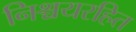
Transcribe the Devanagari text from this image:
निश्चयरहित